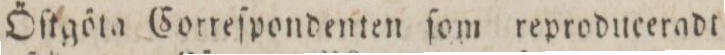
Öſtgöta Correſpondenten ſom reprodueeradt